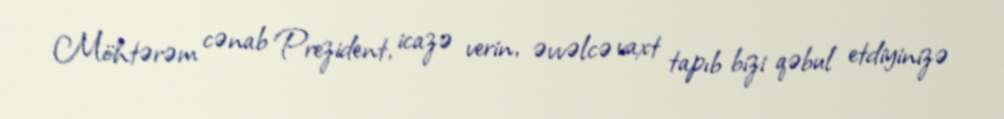
Möhtərəm cənab Prezident, icazə verin, əvvəlcə vaxt tapıb bizi qəbul etdiyinizə